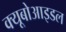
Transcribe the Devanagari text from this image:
क्यूबोआइडल